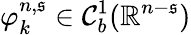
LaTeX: \varphi_{k}^{n,\mathfrak{s}}\in\mathcal{{C}}_{b}^{1}(\mathbb{{R}}^{n-\mathfrak{s}})